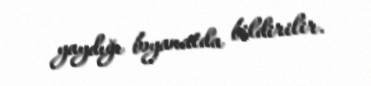
yaydığı bəyanatda bildirilir.